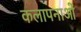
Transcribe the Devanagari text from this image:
कलापनाओं